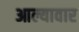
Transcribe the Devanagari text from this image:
आल्यावार